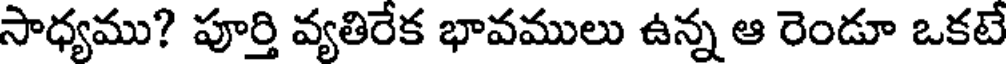
సాధ్యము? పూర్తి వ్యతిరేక భావములు ఉన్న ఆ రెండూ ఒకటే